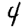
Digit: 4